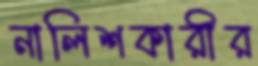
নালিশকারীর